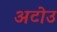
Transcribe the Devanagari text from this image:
अटोउ